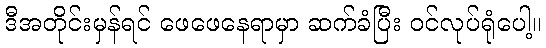
ဒီအတိုင်းမှန်ရင် ဖေဖေနေရာမှာ ဆက်ခံပြီး ဝင်လုပ်ရုံပေါ့။